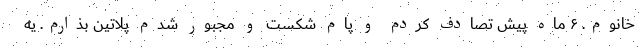
خانوم. ۶ ماه پیش تصادف کردم و پام شکست و مجبور شدم پلاتین بذارم. یه